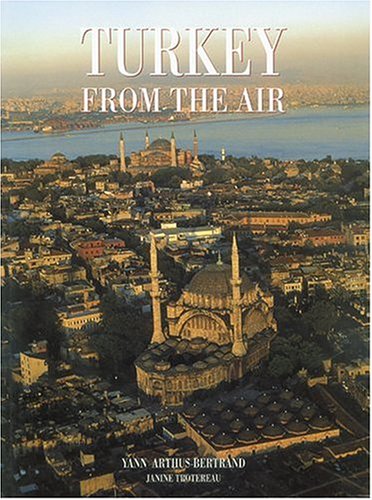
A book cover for Turkey from the Air; Janine Trotereau; Travel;